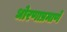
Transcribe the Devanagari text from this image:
धोरणाप्रमाणे